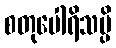
စတုပေါရိသမ္ပိ